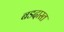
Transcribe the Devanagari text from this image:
बडदास्त